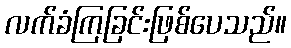
လက်ခံကြခြင်းဖြစ်ပေသည်။